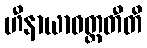
ဟီနာယာဝတ္တတီတိ